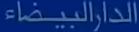
الدَارَ البيضاء